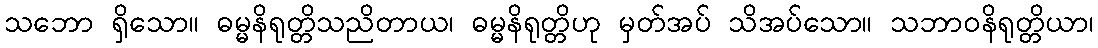
သဘော ရှိသော။ ဓမ္မနိရုတ္တိသညိတာယ၊ ဓမ္မနိရုတ္တိဟု မှတ်အပ် သိအပ်သော။ သဘာဝနိရုတ္တိယာ၊